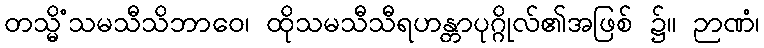
တသ္မိံသမသီသိဘာဝေ၊ ထိုသမသီသီရဟန္တာပုဂ္ဂိုလ်၏အဖြစ် ၌။ ဉာဏံ၊